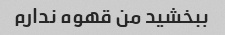
ببخشید من قهوه ندارم